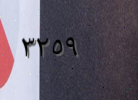
٣٢٥٩